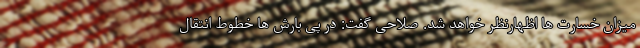
میزان خسارت ها اظهارنظر خواهد شد. صلاحی گفت: در پی بارش ها خطوط انتقال